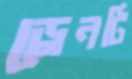
ড্রেনটি